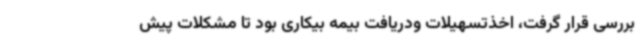
بررسی قرار گرفت، اخذتسهیلات ودریافت بیمه بیکاری بود تا مشکلات پیش